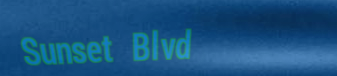
Sunset Blvd